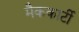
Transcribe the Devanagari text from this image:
मैककार्टी